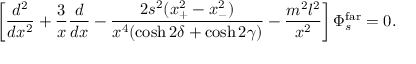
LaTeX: \left[ { \frac { d ^ { 2 } } { d x ^ { 2 } } } + { \frac { 3 } { x } } { \frac { d } { d x } } - { \frac { 2 s ^ { 2 } ( x _ { + } ^ { 2 } - x _ { - } ^ { 2 } ) } { x ^ { 4 } ( \cosh 2 \delta + \cosh 2 \gamma ) } } - { \frac { m ^ { 2 } l ^ { 2 } } { x ^ { 2 } } } \right] \Phi _ { s } ^ { \mathrm { f a r } } = 0 .